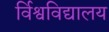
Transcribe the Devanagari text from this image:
र्विश्वविद्यालय